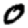
Digit: 0